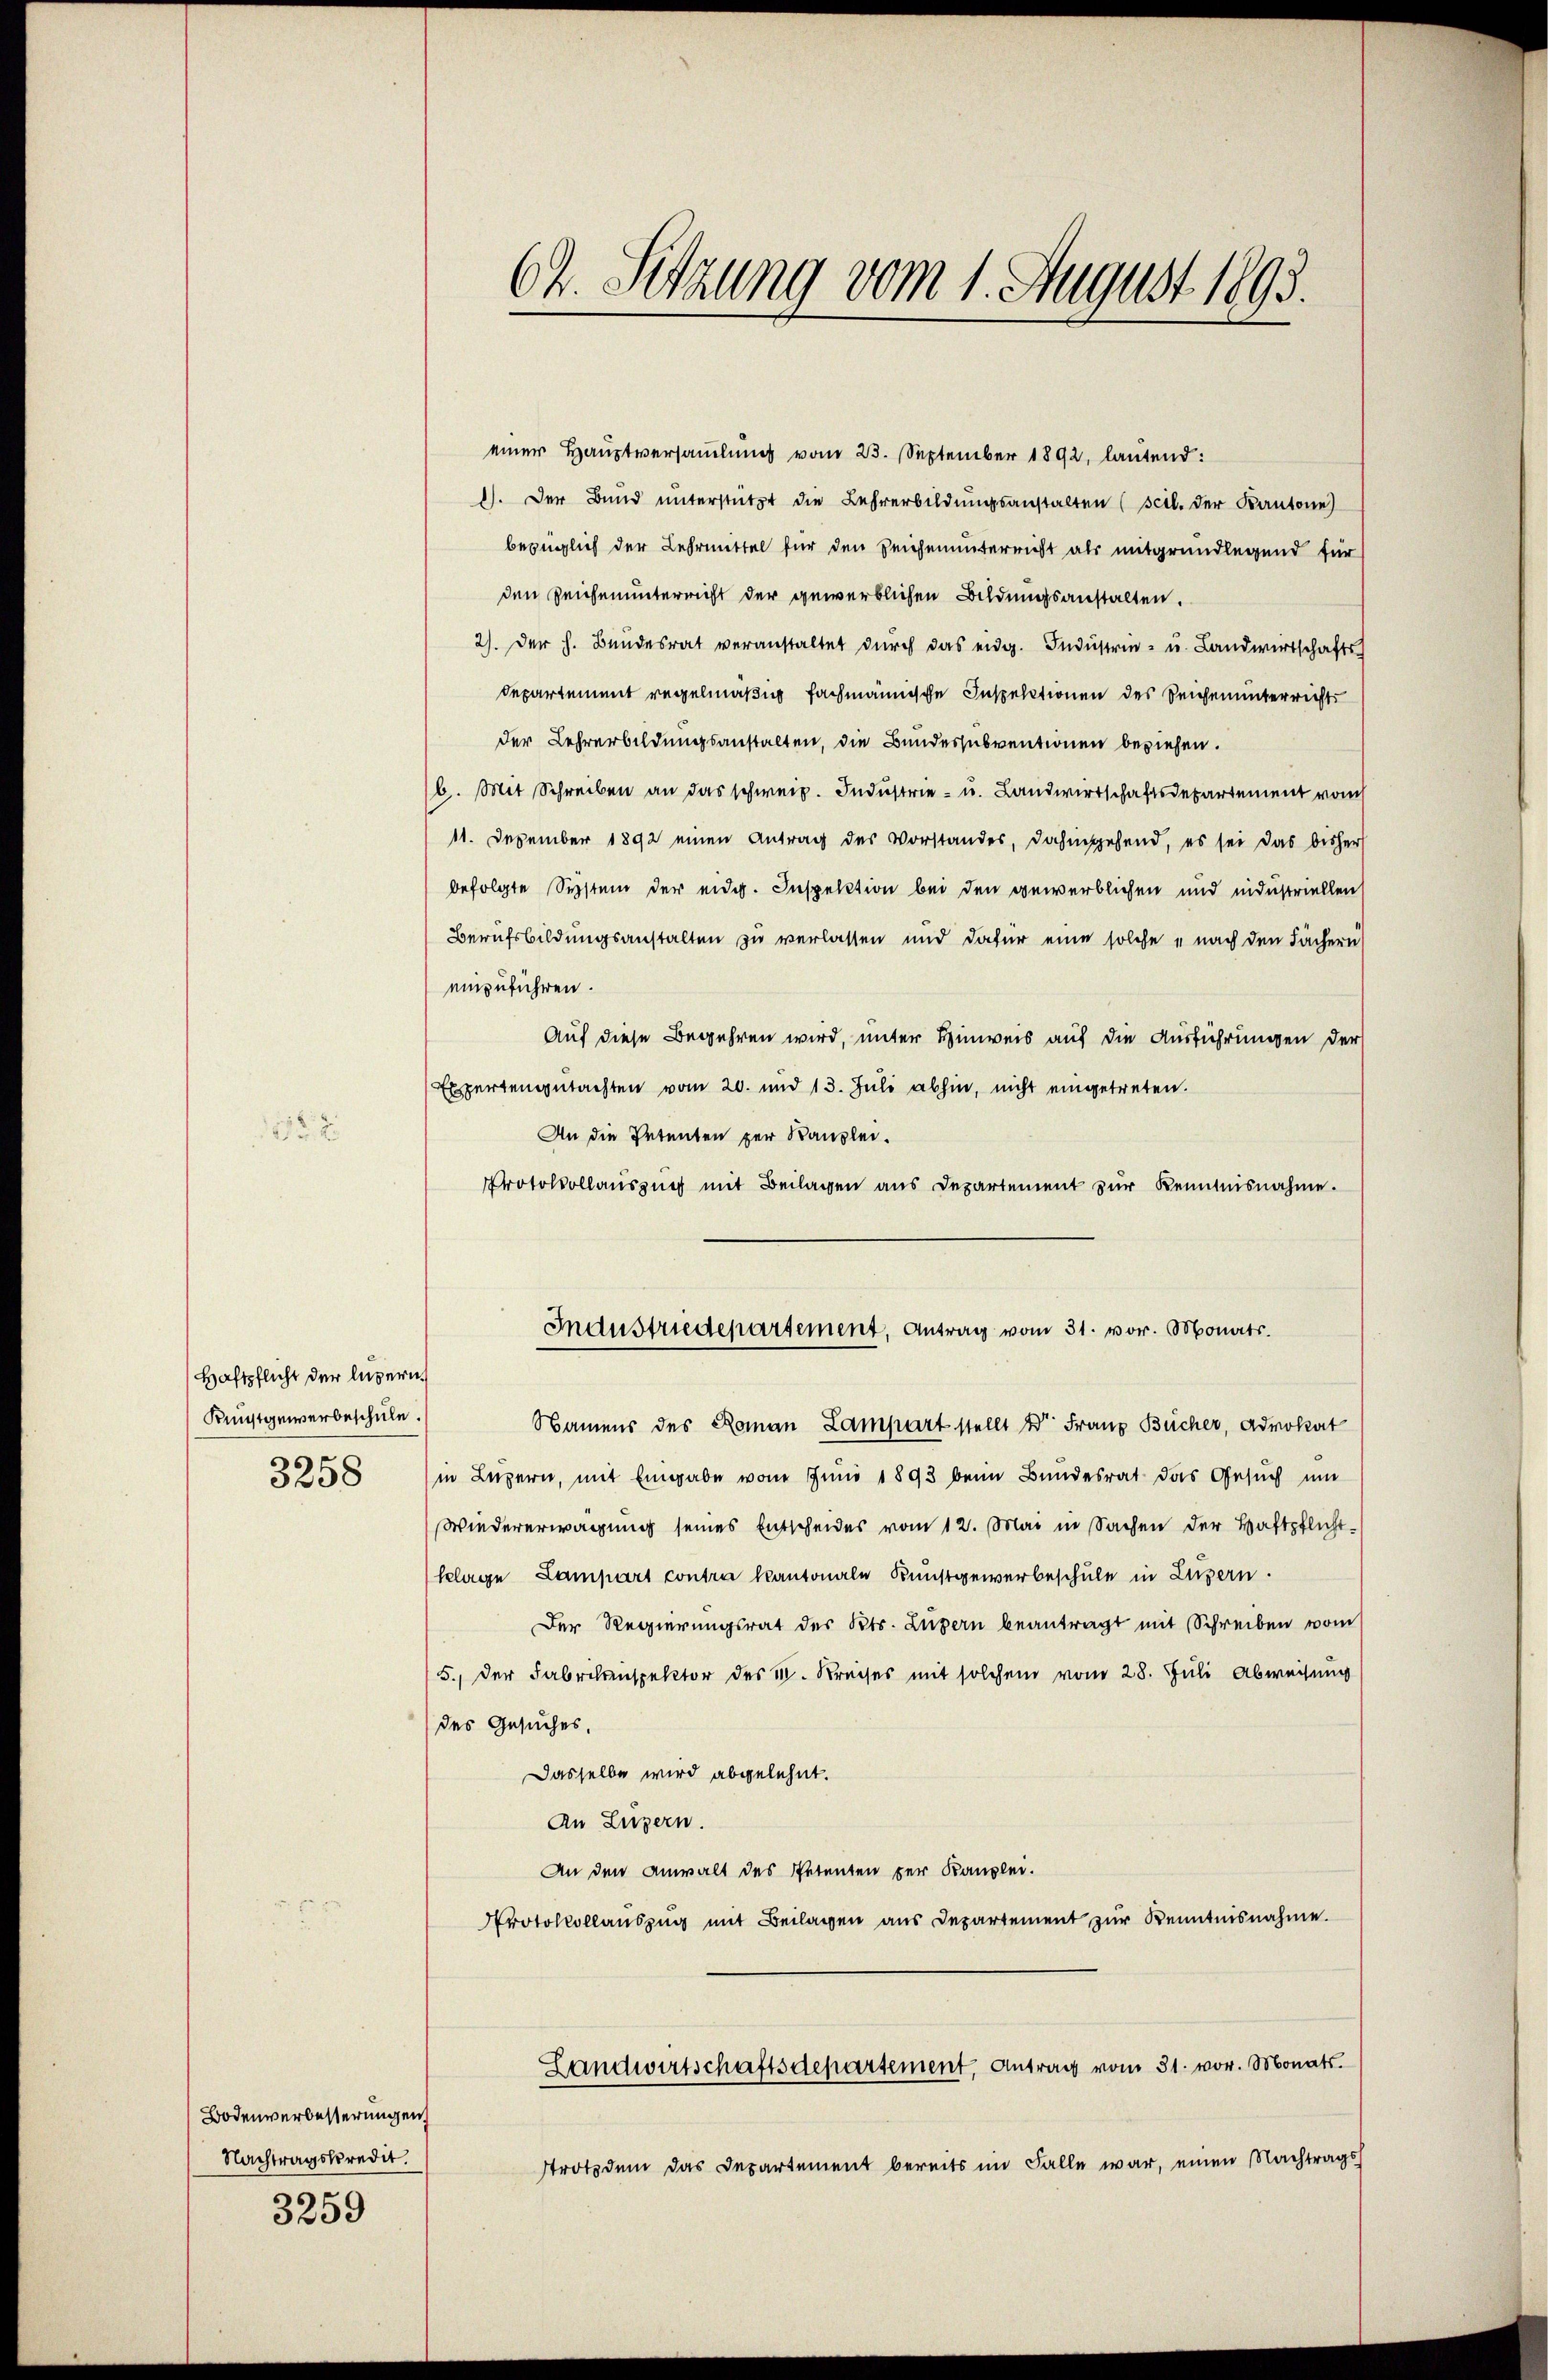
2.

Haftpflicht der lusern
Kunstgewerbeschule.
3258

Bodenverbesserungen
Nachtragskredit.

3259

einer Hauptversamlung vom 23. September 1892, lautend:
). Der Bŭnd ŭnterstützt die Lehrerbildŭngsanstalten (scil. der Kantone
bezüglich der Lehrmittel für den Zeichenunterricht als mitgrundlegend für
den Zeichenunterricht der gewerblichen Bildungsanstalten.
2). Der h. Bandesrat veranstaltet dŭrch das eidg. Indŭstrie- u. Landwirtschafts
departement regelmäßig fachmännische Inspektionen des Seichenunterrichts
der Lehrerbildungsanstalten, die Bundessubventionen beziehen.
b. Mit Schreiben an das schweiz. Industrie- u. Landwirtschaftsdepartement vom
11. Dezember 1892 einen Antrag des Vorstandes, dahingehend, es sei das bisher
befolgte System der eidg. Inspektion bei den gewerblichen und industriellen
Berufsbildungsanstalten zu verlassen und dafür eine solche nach den Fächern
einzuführen.
Auf diese Begehren wird, unter Hinweis auf die Ausführungen der
Expertengutachten vom 20. und 13. Juli abhin, nicht eingetreten.
An die Petenten per Kanzlei.
Protokollaŭszŭg mit Beilagen aus Departement zŭr Kenntnisnahme.
Industriedepartement, Antrag vom 31. vor. Monats.
Namens des Roman Lampart stellt der Franz Bücher, Advokat
in Luzern, mit Eingabe vom Juni 1893 beim Bundesrat das Gesuch um
Wiedererwägung seines Entscheides vom 12. Mai in Sachen der Haftpflicht¬
(Klage Lampart contra kantonale Kunstgewerbeschule in Luzern.
Der Regierungsrat des Kts. Luzern beantragt mit Schreiben vom
5., der Fabrikenspektor des I. Kreises mit solchem vom 28. Juli Abweisung
des Gesuches.
Dasselbe wird abgelehnt.
An Luzern.
An den Anwalt des Petenten per Kanzlei.
Protokollanszŭg mit Beilagen aus Departement zŭr Kenntnisnahme.
Landwirtschaftsdepartement, Antrag vom 31. vor. Monats
Ttrotzdem das Departement bereits im Falle war, einen Nachtrags

62. Sitzung vom 1. August 1893.